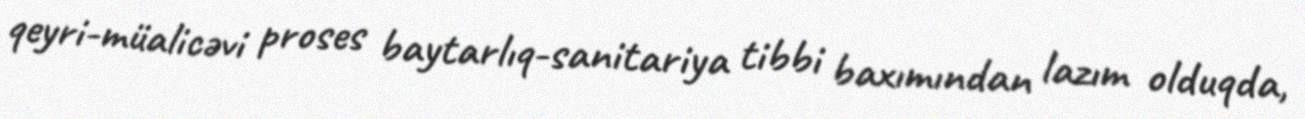
qeyri-müalicəvi proses baytarlıq-sanitariya tibbi baxımından lazım olduqda,